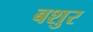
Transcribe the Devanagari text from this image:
बशुर